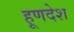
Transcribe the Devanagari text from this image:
हूणदेश